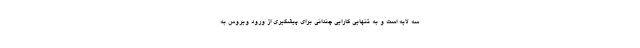
سه لایه است و به تنهایی کارایی چندانی برای پیشگیری از ورود ویروس به